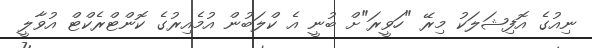
ނިއުގެ އޮފިޝަލަކު މިރޭ "ހަވީރަަ"ށް ބުނީ އެ ކްލަބުން އުމެއިރުގެ ކޮންޓްރެކްޓް އުވާލީ